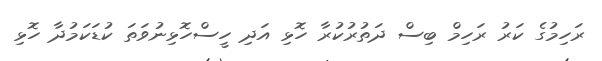
ރަހިމުގެ ކަރު ރަހިމް ބިސް ދަތުރުކުރާ ހޮޅި އަދި ހީސްހޮޅިނުވަތަ ކުޑަކަމުދާ ހޮޅި